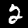
Label: 2